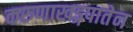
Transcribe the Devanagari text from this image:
करुणाखड्गपातेन